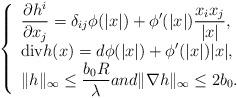
LaTeX: \begin{align*}\left\{\begin{array}{ll}\displaystyle \frac{\partial h^{i}}{\partial x_j} = \delta_{ij} \phi(|x|) + \phi'(|x|) \frac{x_ix_j}{|x|}, & \\\displaystyle \textrm{div}h(x) = d \phi(|x|) + \phi'(|x|) |x|, & \\\displaystyle \|h \|_\infty \leq \frac{b_0 R}{\lambda}and \|\nabla h \|_\infty \leq 2 b_0. &\end{array}\right.\end{align*}